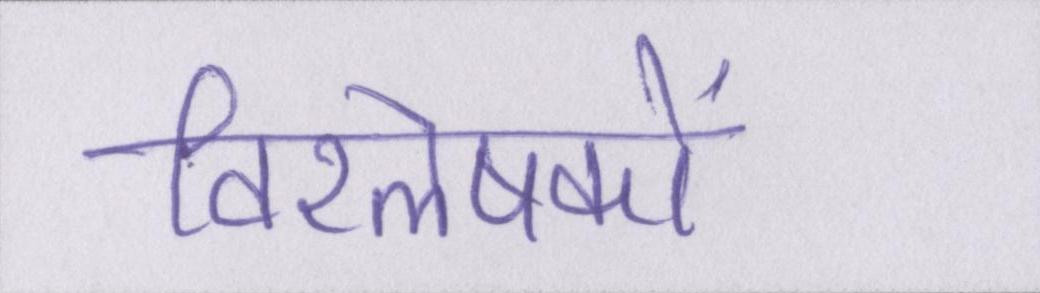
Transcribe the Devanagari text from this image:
विश्लेषकों